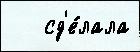
   сд'е́лала